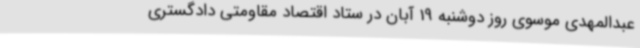
عبدالمهدی موسوی روز دوشنبه 19 آبان در ستاد اقتصاد مقاومتی دادگستری